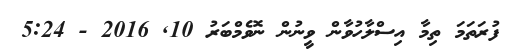
ފުރަތަމަ ތިމާ އިސްލާހުވާން ވީނުން ނޮވެމްބަރު 10